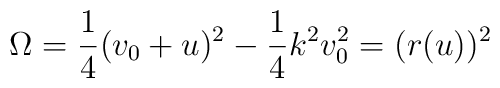
\Omega = \frac{1}{4} ( v_0 + u)^2 - \frac{1}{4} k^2 v_0^2 = (r(u))^2